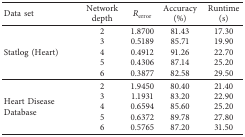
<table><thead><tr><td><b>Data set</b></td><td><b>Network depth</b></td><td><b><i>R</i><sub>error</sub></b></td><td><b>Accuracy (%)</b></td><td><b>Runtime (s)</b></td></tr></thead><tbody><tr><td rowspan="5">Statlog (Heart)</td><td>2</td><td>1.8700</td><td>81.43</td><td>17.30</td></tr><tr><td>3</td><td>0.5189</td><td>85.71</td><td>19.90</td></tr><tr><td>4</td><td>0.4912</td><td>91.26</td><td>22.70</td></tr><tr><td>5</td><td>0.4306</td><td>87.14</td><td>25.20</td></tr><tr><td>6</td><td>0.3877</td><td>82.58</td><td>29.50</td></tr><tr><td rowspan="5">Heart Disease Database</td><td>2</td><td>1.9450</td><td>80.40</td><td>21.40</td></tr><tr><td>3</td><td>1.1931</td><td>83.20</td><td>22.90</td></tr><tr><td>4</td><td>0.6594</td><td>85.60</td><td>25.20</td></tr><tr><td>5</td><td>0.6372</td><td>89.78</td><td>27.80</td></tr><tr><td>6</td><td>0.5765</td><td>87.20</td><td>31.50</td></tr></tbody></table>